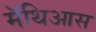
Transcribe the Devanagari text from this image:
मॅथिआस